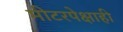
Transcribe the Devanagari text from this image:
मीटरपेक्षाही